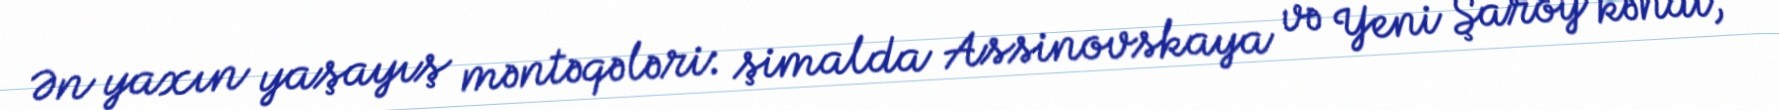
Ən yaxın yaşayış məntəqələri: şimalda Assinovskaya və Yeni Şaroy kəndi,